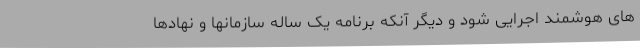
های هوشمند اجرایی شود و دیگر آنکه برنامه یک ساله سازمانها و نهادها